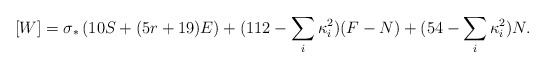
\begin{align*}[W]=\sigma_*\left(10S + (5r + 19)E\right) +(112 - \sum_i\kappa_i^2)(F-N) +(54 -\sum_i\kappa_i^2)N.\end{align*}